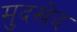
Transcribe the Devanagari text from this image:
मुदखेद